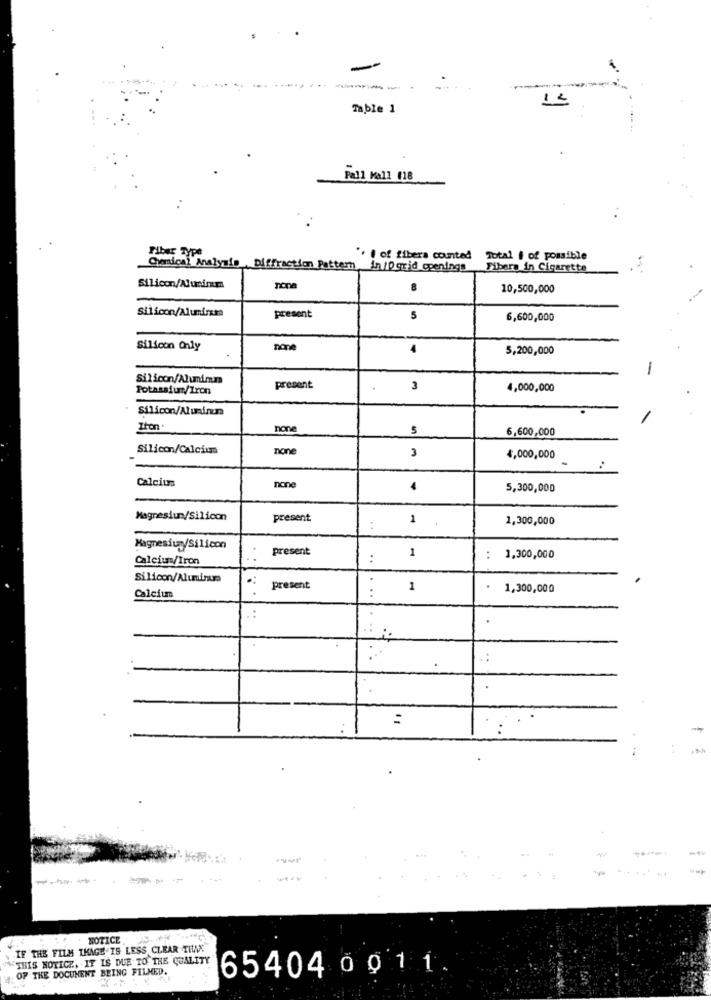
---.
-----
-
12
Table 1
Pall Mall 018
Fiber Type
". i of fibers counted
Total | of possible
Chemical Analysis Diffraction Pattern in/O grid openings
Fibers in Cigarette
Silicon/Aluminum
nona
10,500,000
Silicon/Alumiras
present
5
6,600,000
Silicon Only
none
4
5,200,000
-
Silicon/Aluminum
Potassium/Iron
present
3
4,000,000
Silicon/Aluminum
Zton
none
6,600,000
Silicon/Calcium
none
4,000,000
Calcium
none
4
5,300,000
Magnesium/Silicon
present
1
1,300,000
Magnesium/Silicon
present
1
Calcium/Iron
:
:
1,300,000
Silicon/Aunique
.
present
:
1
1,300,000
Calcium
.:
..
NOTICE,
IF THE FILM THAGE IS LESS CLEAR TILX
THIS NOTICE, IT IS DUE TO THE QUALITY
OF THE DOCUMENT BEING FILMED.
65404 0011